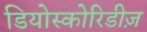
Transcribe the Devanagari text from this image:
डियोस्कोरिडीज़